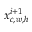
x _ { c , w , h } ^ { i + 1 }